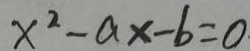
x ^ { 2 } - a x - b = 0